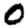
Digit: 0